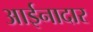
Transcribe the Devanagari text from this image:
आईनादार